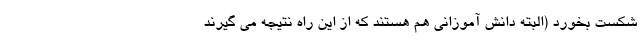
شکست بخورد (البته دانش آموزانی هم هستند که از این راه نتیجه می گیرند